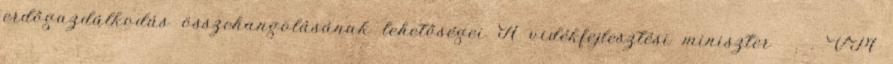
erdőgazdálkodás összehangolásának lehetőségei A vidékfejlesztési miniszter . . VM